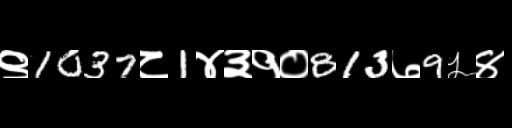
Text: ९1037८1४३१०813७9५४